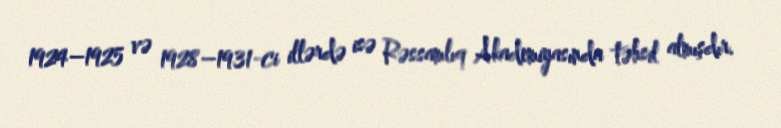
1924–1925 və 1928–1931-ci illərdə isə Rəssamlıq Akademiyasında təhsil almışdır.